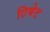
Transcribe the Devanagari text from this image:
टिबेट